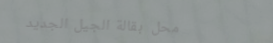
محل بقالة الجيل الجديد